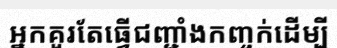
អ្នកគួរតែធ្វើជញ្ជាំងកញ្ចក់ដើម្បី